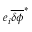
e _ { i } \overline { { \delta \phi } } ^ { \ast }